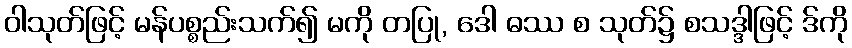
ဝါသုတ်ဖြင့် မန်ပစ္စည်းသက်၍ မကို တပြု, ဒေါ ဓဿ စ သုတ်၌ စသဒ္ဒါဖြင့် ဒ်ကို